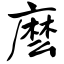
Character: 麽